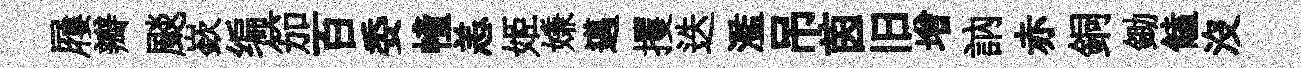
屨瓣颷嶔编笳百委幢恙姬嫌邁攫迭濫吊茵旧增訥赤銅鋤饁沒